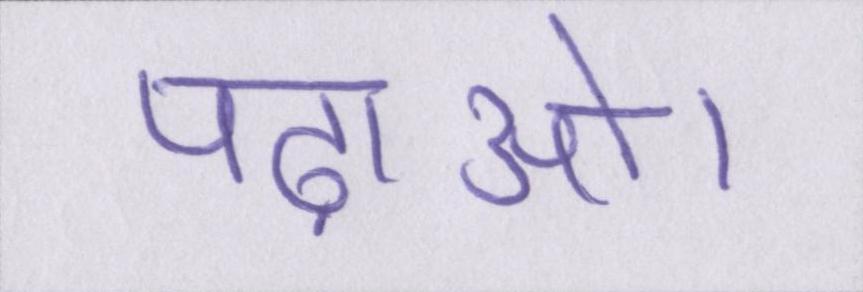
पढ़ाओ।